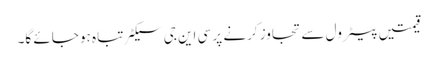
قیمتیں پیٹرول سے تجاوز کرنے پر سی این جی سیکٹر تباہ ہو جائے گا۔